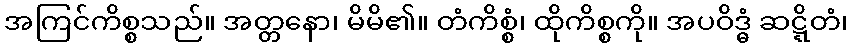
အကြင်ကိစ္စသည်။ အတ္တနော၊ မိမိ၏။ တံကိစ္စံ၊ ထိုကိစ္စကို။ အပဝိဒ္ဓံ ဆဋ္ဋိတံ၊